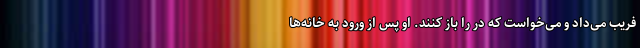
فریب می‌داد و می‌خواست که در را باز کنند. او پس از ورود به خانه‌ها